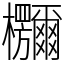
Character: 鿝